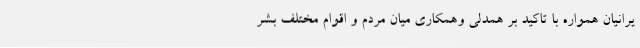
یرانیان همواره با تاکید بر همدلی وهمکاری میان مردم و اقوام مختلف بشر